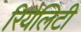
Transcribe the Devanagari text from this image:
रियैलिटी